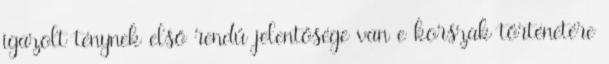
igazolt ténynek első rendű jelentősége van e korszak történetére